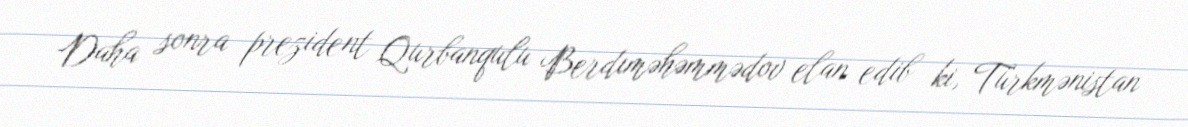
Daha sonra prezident Qurbanqulu Berdıməhəmmədov elan edib ki, Türkmənistan